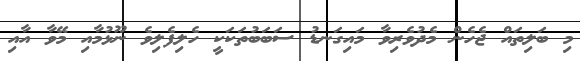
މި ބަލިތައް ޖެހެން މެދުވެރިވާ މައިގަނޑު ސަބަބުތަކަކީ ހެލިފެލިވެ ނޫޅުމާއި މޭވާ އާއި